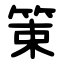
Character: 䇿